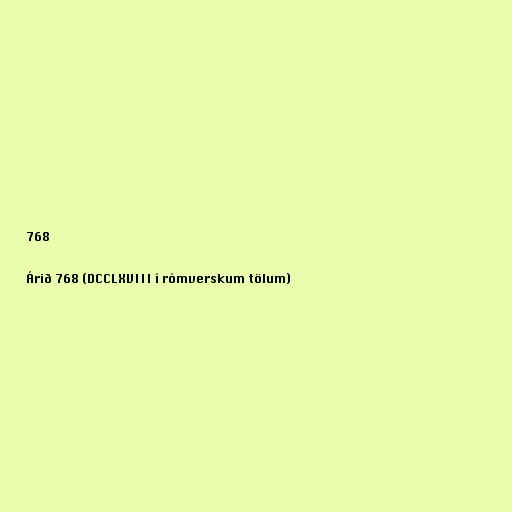
768

Árið 768 (DCCLXVIII í rómverskum tölum)